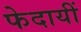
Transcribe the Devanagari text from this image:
फेदायीं